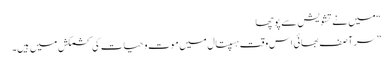
“ میں نے تشویش سے پوچھا
” سر آصف بھائی اس وقت ہسپتال میں موت و حیات کی کشمکش میں ہیں۔